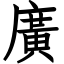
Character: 廣